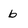
Character: b